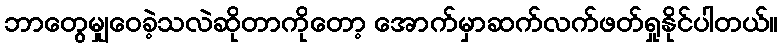
ဘာတွေမျှဝေခဲ့သလဲဆိုတာကိုတော့ အောက်မှာဆက်လက်ဖတ်ရှုနိုင်ပါတယ်။